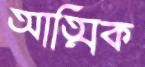
আত্মিক